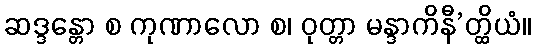
ဆဒ္ဒန္တော စ ကုဏာလော စ၊ ဝုတ္တာ မန္ဒာကိနီ’တ္ထိယံ။